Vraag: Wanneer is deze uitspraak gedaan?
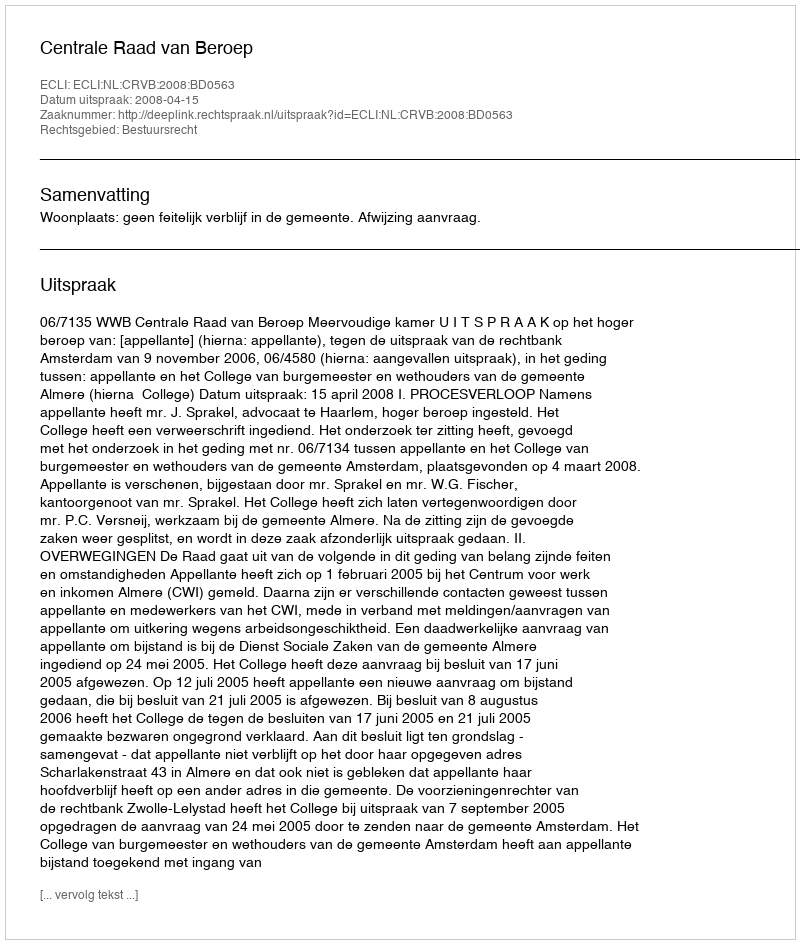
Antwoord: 2008-04-15